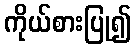
ကိုယ်စားပြု၍